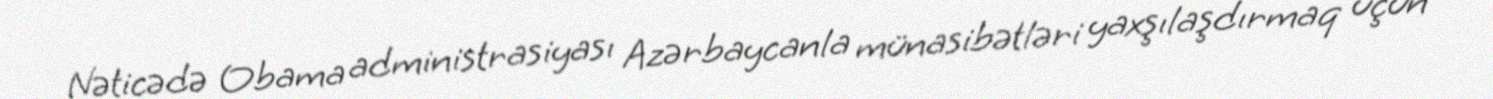
Nəticədə Obama administrasiyası Azərbaycanla münasibətləri yaxşılaşdırmaq üçün